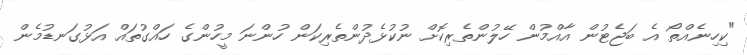
"ކިހިނެއްތޯ އެ ބަޖެޓުން އާއްމުން ހޭލުންތެރިކޮށް ނުކުޅެދުންތެރިކަން ހުންނަ މީހުންގެ ހައްގުތައް އަޅުގަނޑުމެން